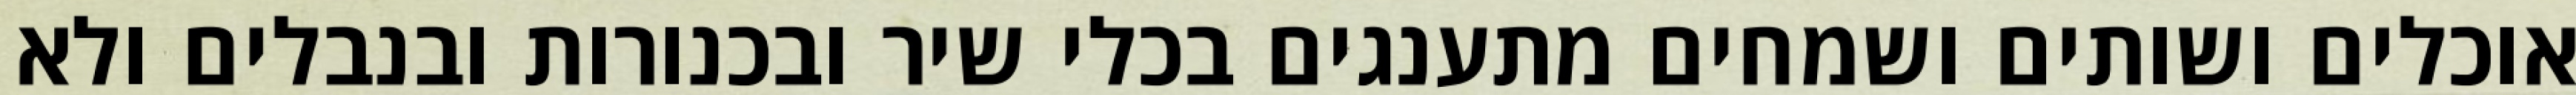
אוכלים ושותים ושמחים מתענגים בכלי שיר ובכנורות ובנבלים ולא